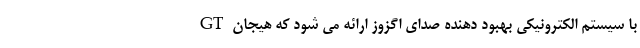
GT با سیستم الکترونیکی بهبود دهنده صدای اگزوز ارائه می شود که هیجان